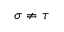
\sigma \neq \tau